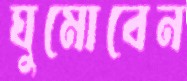
ঘুমোবেন